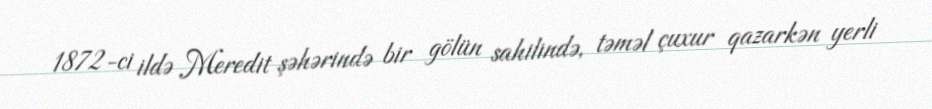
1872-ci ildə Meredit şəhərində bir gölün sahilində, təməl çuxur qazarkən yerli